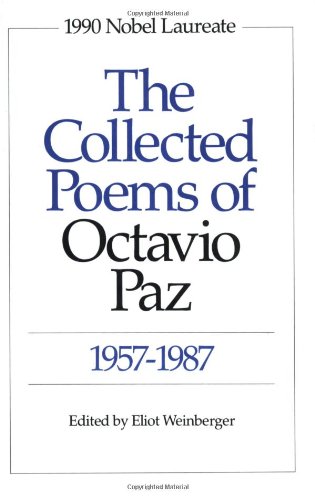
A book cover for The Collected Poems of Octavio Paz: 1957-1987 (Bilingual Edition); Octavio Paz; Literature & Fiction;